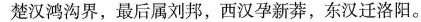
楚汉鸿沟界，最后属刘邦，西汉孕新莽，东汉迁洛阳。